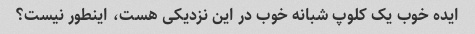
ایده خوب یک کلوپ شبانه خوب در این نزدیکی هست، اینطور نیست؟